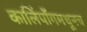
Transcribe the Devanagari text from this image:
कालिंपाँगमधूनच